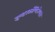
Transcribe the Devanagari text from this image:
इण्टरकॉण्टिनेण्टल